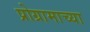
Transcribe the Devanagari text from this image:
प्रोग्रामाच्या